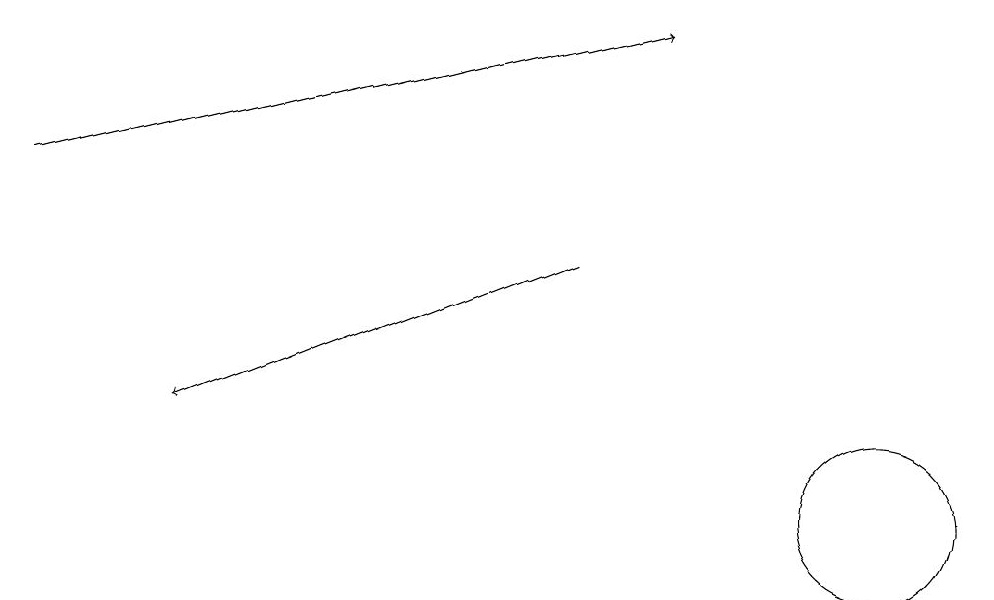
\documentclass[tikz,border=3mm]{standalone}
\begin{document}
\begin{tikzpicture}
\draw (12,10) circle (1);
\draw[->] (8,13) -- (3,11);
\draw[->] (1,14) -- (9,16);
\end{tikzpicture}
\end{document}